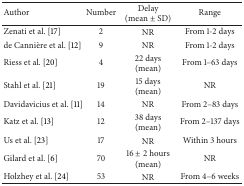
<table><thead><tr><td><b>Author</b></td><td><b>Number</b></td><td><b>Delay (mean ± SD)</b></td><td><b>Range</b></td></tr></thead><tbody><tr><td>Zenati et al. [17]</td><td>2</td><td>NR</td><td>From 1-2 days</td></tr><tr><td>de Cannière et al. [12]</td><td>9</td><td>NR</td><td>From 1-2 days</td></tr><tr><td>Riess et al. [20]</td><td>4</td><td>22 days (mean)</td><td>From 1–63 days</td></tr><tr><td>Stahl et al. [21]</td><td>19</td><td>15 days (mean)</td><td>NR</td></tr><tr><td>Davidavicius et al. [11]</td><td>14</td><td>NR</td><td>From 2–83 days</td></tr><tr><td>Katz et al. [13]</td><td>12</td><td>38 days (mean)</td><td>From 2–137 days</td></tr><tr><td>Us et al. [23]</td><td>17</td><td>NR</td><td>Within 3 hours</td></tr><tr><td>Gilard et al. [6] </td><td>70</td><td>16 ± 2 hours (mean)</td><td>NR</td></tr><tr><td>Holzhey et al. [24]</td><td>53</td><td>NR</td><td>From 4–6 weeks</td></tr></tbody></table>